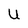
Character: U